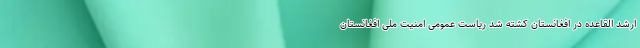
ارشد القاعده در افغانستان کشته شد ریاست عمومی امنیت ملی افغانستان